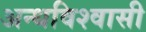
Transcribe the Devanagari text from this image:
अन्धविश्वासी